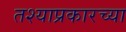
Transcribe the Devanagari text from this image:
तश्याप्रकारच्या